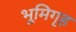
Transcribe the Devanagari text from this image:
भूमिगृह